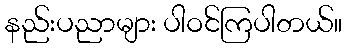
နည်းပညာများ ပါဝင်ကြပါတယ်။